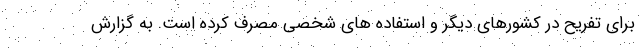
برای تفریح در کشورهای دیگر و استفاده های شخصی مصرف کرده است. به گزارش